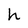
Character: h